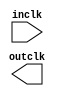

module gbuf (
	inclk,
	outclk);	

	input		inclk;
	output		outclk;
endmodule